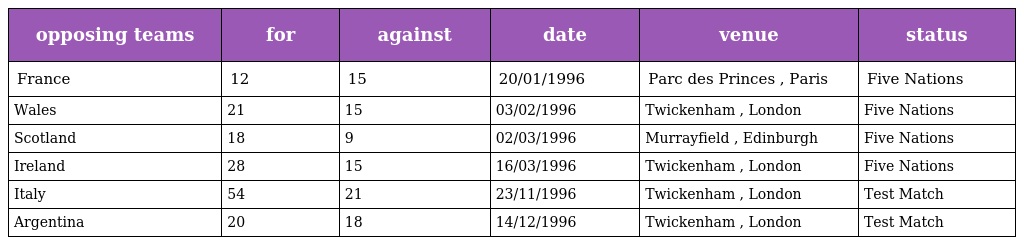
| opposing teams | for | against | date | venue | status |
 | --- | --- | --- | --- | --- | --- |
 | France | 12 | 15 | 20/01/1996 | Parc des Princes , Paris | Five Nations |
 | Wales | 21 | 15 | 03/02/1996 | Twickenham , London | Five Nations |
 | Scotland | 18 | 9 | 02/03/1996 | Murrayfield , Edinburgh | Five Nations |
 | Ireland | 28 | 15 | 16/03/1996 | Twickenham , London | Five Nations |
 | Italy | 54 | 21 | 23/11/1996 | Twickenham , London | Test Match |
 | Argentina | 20 | 18 | 14/12/1996 | Twickenham , London | Test Match |